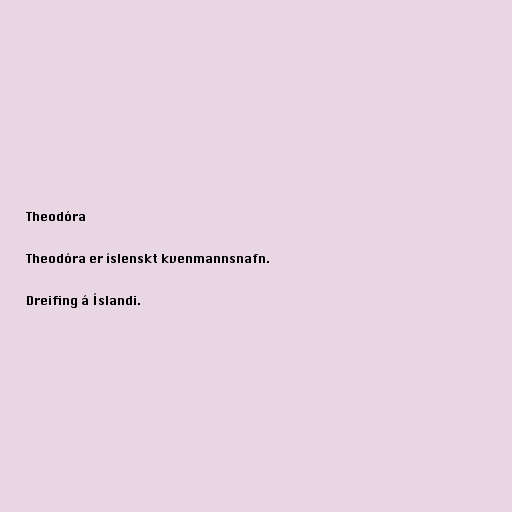
Theodóra

Theodóra er íslenskt kvenmannsnafn.

Dreifing á Íslandi.